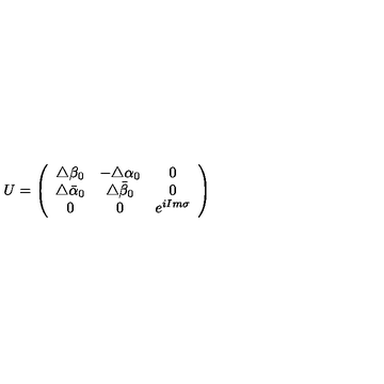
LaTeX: U = \left( \begin{array} { c c c } { \triangle \beta _ { 0 } } & { - \triangle \alpha _ { 0 } } & { 0 } \\ { \triangle \bar { \alpha } _ { 0 } } & { \triangle \bar { \beta } _ { 0 } } & { 0 } \\ { 0 } & { 0 } & { e ^ { i I m \sigma } } \\ \end{array} \right)